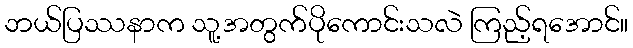
ဘယ်ပြဿနာက သူ့အတွက်ပိုကောင်းသလဲ ကြည့်ရအောင်။